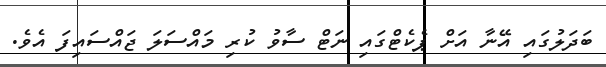
ބަދަލުގައި އޭނާ އަށް ޕެކެޓްގައި ނަޓް ސާވު ކުރި މައްސަލަ ޖައްސައިފަ އެވެ.